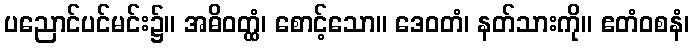
ပညောင်ပင်မင်း၌။ အဓိဝတ္ထံ၊ စောင့်သော။ ဒေဝတံ၊ နတ်သားကို။ ဧတံဝစနံ၊